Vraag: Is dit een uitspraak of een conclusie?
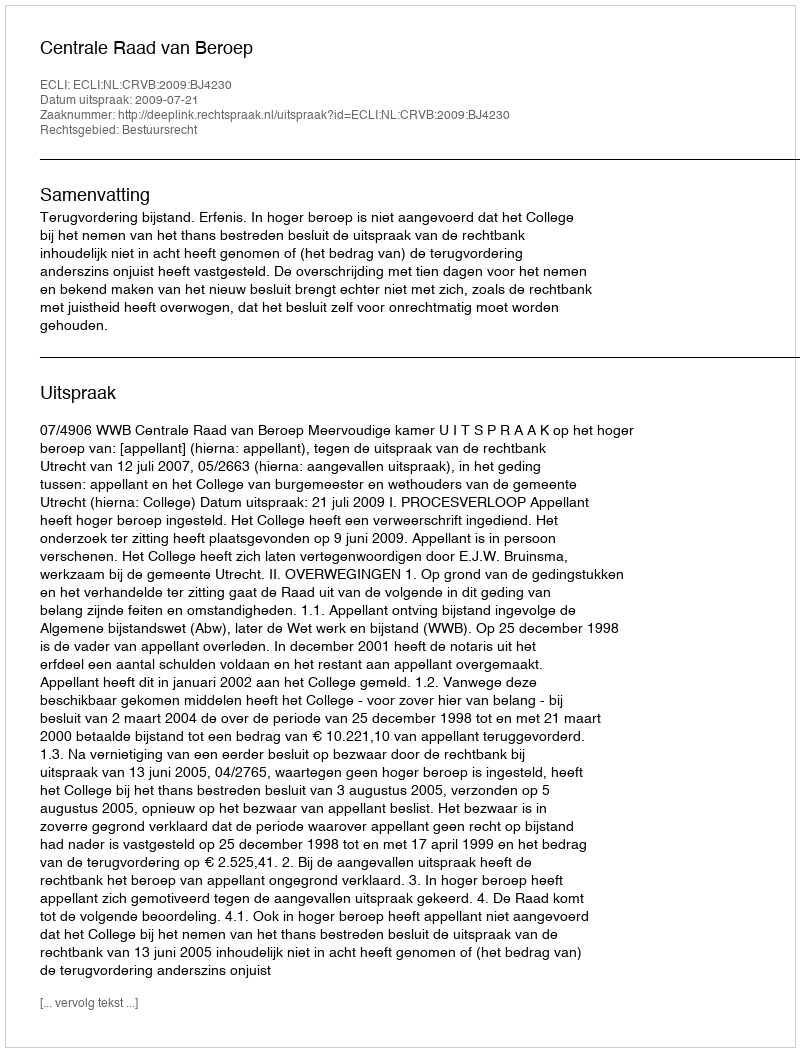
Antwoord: Uitspraak